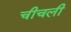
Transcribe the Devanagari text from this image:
चीचली